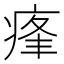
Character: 𤶞